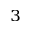
^ 3